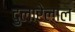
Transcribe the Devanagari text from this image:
दुलारेलाल